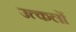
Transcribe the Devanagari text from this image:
उत्कलों